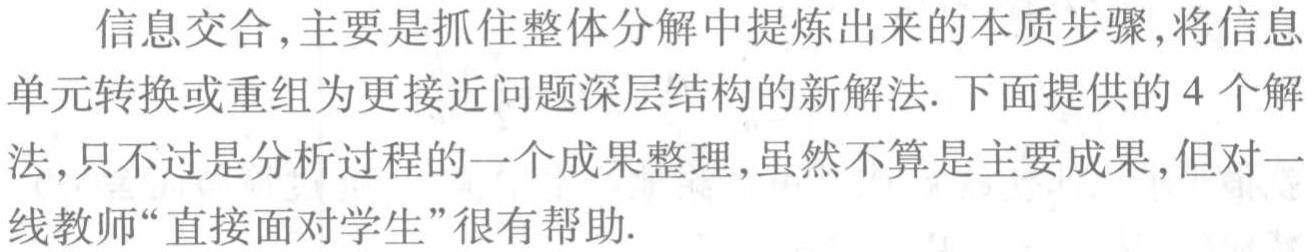
信息交合,主要是抓住整体分解中提炼出来的本质步骤,将信息单元转换或重组为更接近问题深层结构的新解法.下面提供的 4 个解法,只不过是分析过程的一个成果整理,虽然不算是主要成果,但对一线教师“直接面对学生”很有帮助.